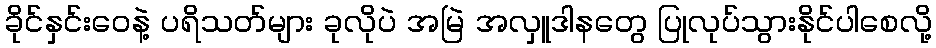
ခိုင်နှင်းဝေနဲ့ ပရိသတ်များ ခုလိုပဲ အမြဲ အလှူဒါနတွေ ပြုလုပ်သွားနိုင်ပါစေလို့